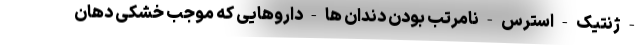
- ژنتیک - استرس - نامرتب بودن دندان ها - داروهایی که موجب خشکی دهان